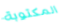
المكتوبة